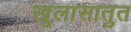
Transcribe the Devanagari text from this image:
खुलासातुत